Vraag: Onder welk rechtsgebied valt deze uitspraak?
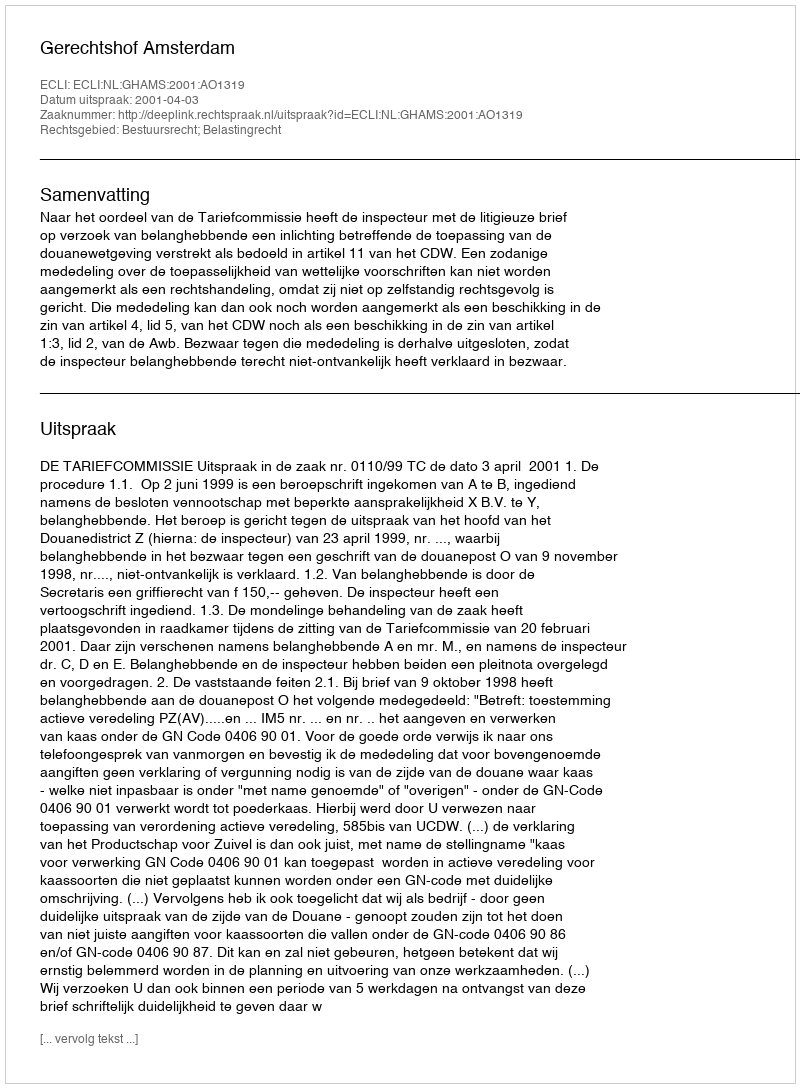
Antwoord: Bestuursrecht; Belastingrecht